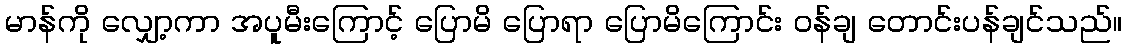
မာန်ကို လျှော့ကာ အပူမီးကြောင့် ပြောမိ ပြောရာ ပြောမိကြောင်း ဝန်ချ တောင်းပန်ချင်သည်။